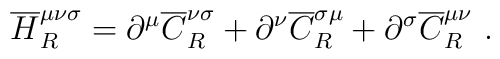
{\overline H}_R^{\mu\nu\sigma}=\partial^{\mu}{\overline C}^{\nu\sigma}_R+ \partial^{\nu}{\overline C}^{\sigma\mu}_R+ \partial^{\sigma}{\overline C}^{\mu\nu}_R~.